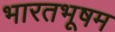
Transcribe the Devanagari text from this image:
भारतभूषम